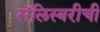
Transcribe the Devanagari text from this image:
सॅलिस्बरीची